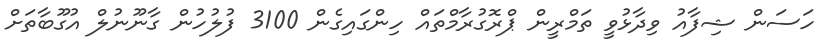
ހަސަން ޝިފާއު ވިދާޅުވީ ތަމްރީން ޕްރޮގުރާމްތައް ހިންގައިގެން 3100 ފުލުހުން ގާނޫނުލް އުގޫބާތަށް